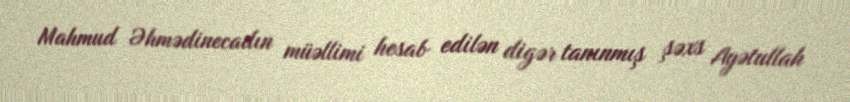
Mahmud Əhmədinecadın müəllimi hesab edilən digər tanınmış şəxs Ayətullah